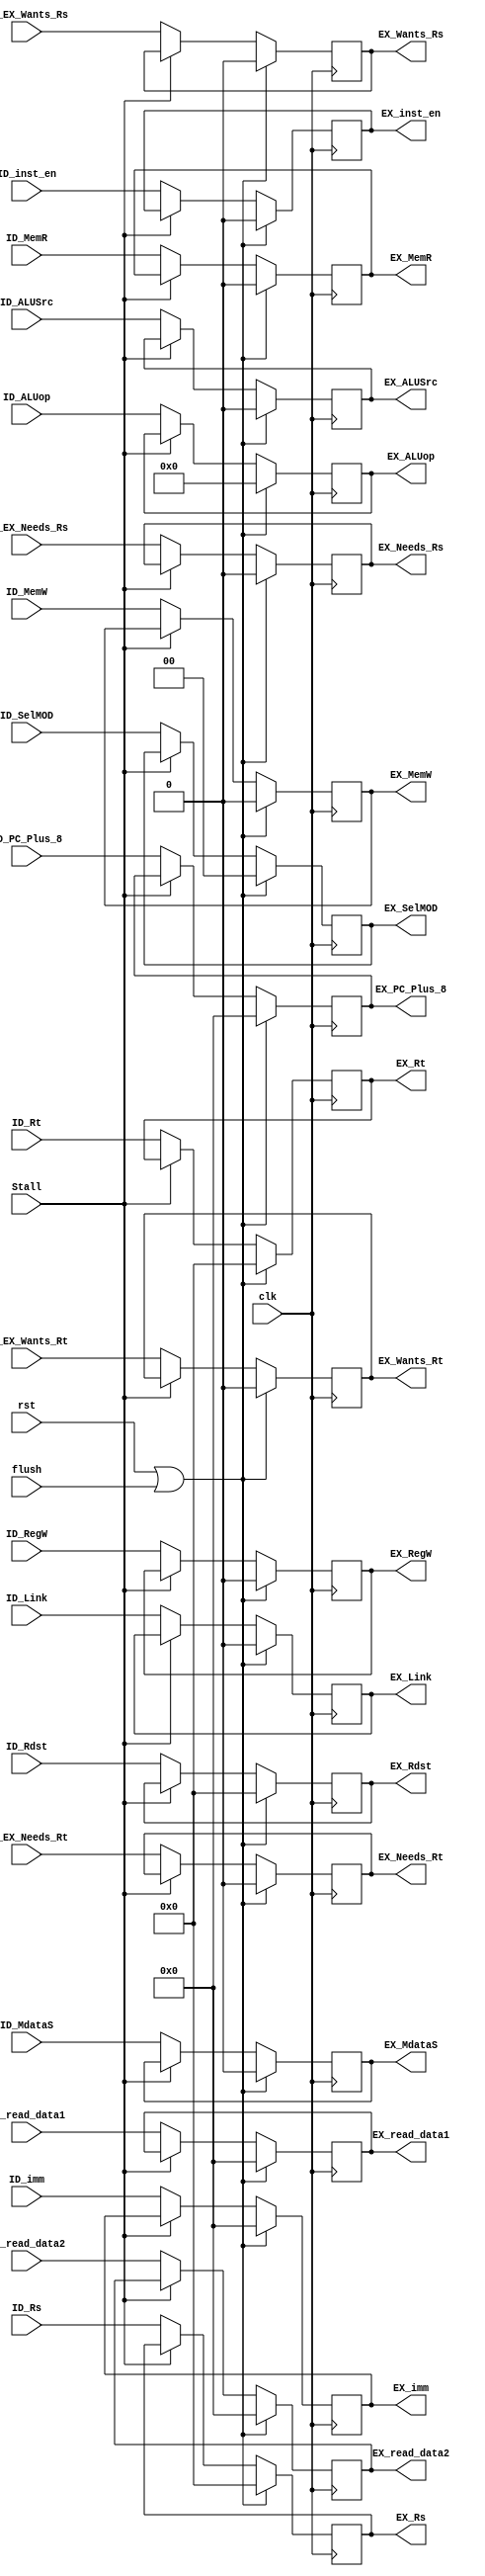
// 2016.06.28
// Project      : Ssmple MIPS 
// Creator(s)   : Yang, Yu-Xiang (M10412034@yuntech.edu.tw)
// 
//
//
//  Description: Ssmple MIPS to compare Out of execution
//  
//

module ID_EX(
input clk,rst,
input Stall,
input flush,

input ID_inst_en,

input [31:0]ID_imm,ID_PC_Plus_8,
input [31:0]ID_read_data1,
input [31:0]ID_read_data2,
input [8:0]ID_ALUop,
input [4:0]ID_Rs,
input [4:0]ID_Rt,
input [4:0]ID_Rdst,
input [1:0]ID_SelMOD,
input ID_MdataS,
input ID_RegW,
input ID_ALUSrc,
input ID_MemR,
input ID_MemW,
input ID_Link,
input ID_EX_Wants_Rs,
input ID_EX_Needs_Rs,
input ID_EX_Wants_Rt,
input ID_EX_Needs_Rt,

output reg [31:0]EX_imm,EX_PC_Plus_8,
output reg [31:0]EX_read_data1,
output reg [31:0]EX_read_data2,
output reg [8:0]EX_ALUop,
output reg [4:0]EX_Rs,
output reg [4:0]EX_Rt,
output reg [4:0]EX_Rdst,
output reg EX_RegW,
output reg EX_ALUSrc,
output reg EX_MemR,
output reg EX_MemW,
output reg EX_Link,
output reg EX_inst_en,
output reg [1:0]EX_SelMOD,
output reg EX_MdataS,

output reg EX_Wants_Rs,
output reg EX_Needs_Rs,
output reg EX_Wants_Rt,
output reg EX_Needs_Rt

);

always@(posedge clk)begin
	if(rst|flush)begin
		EX_imm       <=32'd0;
		EX_read_data1<=32'd0;
		EX_read_data2<=32'd0;
		EX_ALUop     <= 8'd0;
		EX_Rdst      <= 5'd0;
		EX_Rs        <= 5'd0;
		EX_Rt        <= 5'd0;
		EX_RegW      <= 1'b0;
		EX_ALUSrc    <= 1'b0;
		EX_MemR      <= 1'b0;
		EX_MemW      <= 1'b0;
		EX_Wants_Rs  <= 1'b0;
		EX_Needs_Rs  <= 1'b0;
		EX_Wants_Rt  <= 1'b0;
		EX_Needs_Rt  <= 1'b0;
		EX_inst_en   <= 1'b0;
		EX_Link      <= 1'b0;
		EX_PC_Plus_8 <=32'd0;
		EX_SelMOD    <= 2'b0;
		EX_MdataS    <= 1'b0;
		end
	else if(!Stall)begin
		EX_imm       <=ID_imm;
		EX_read_data1<=ID_read_data1;
		EX_read_data2<=ID_read_data2;
		EX_ALUop     <=ID_ALUop;
		EX_Rdst      <=ID_Rdst;
		EX_Rs        <=ID_Rs;
		EX_Rt        <=ID_Rt;
		EX_RegW      <=ID_RegW;
		EX_ALUSrc    <=ID_ALUSrc;
		EX_MemR      <=ID_MemR;
		EX_MemW      <=ID_MemW;
		EX_Link      <=ID_Link;
		EX_PC_Plus_8 <=ID_PC_Plus_8;
		EX_inst_en   <=ID_inst_en;
		EX_Wants_Rs  <=ID_EX_Wants_Rs;
		EX_Needs_Rs  <=ID_EX_Needs_Rs;
		EX_Wants_Rt  <=ID_EX_Wants_Rt;
		EX_Needs_Rt  <=ID_EX_Needs_Rt;
		EX_SelMOD    <=ID_SelMOD;
		EX_MdataS    <=ID_MdataS;
		end
	end

endmodule